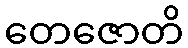
တေဇောတိ